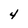
Character: 4